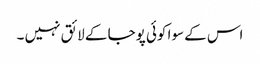
اس کے سوا کوئی پوجا کے لائق نہیں ۔